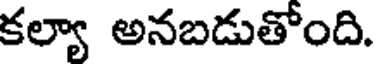
కల్యా అనబడుతోంది.